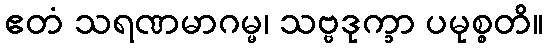
ဧတံ သရဏမာဂမ္မ၊ သဗ္ဗဒုက္ခာ ပမုစ္စတိ။